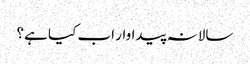
سالانہ پیداوار اب کیا ہے؟